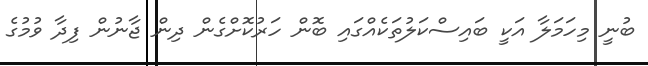
ބުނީ މިހަމަލާ އަކީ ބައިސްކަލުތަކެއްގައި ބޮން ހަރުކޮށްގެން ދިން ޖާނުން ފިދާ ވުމުގެ